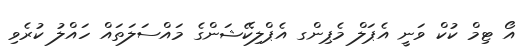
އޯ ޓިމް ކުކް ވަނީ އެޕަލް މެޕިންގ އެޕްލިކޭޝަންގެ މައްސަލަތައް ހައްލު ކުރެވި